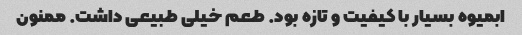
ابمیوه بسیار با کیفیت و تازه بود. طعم خیلی طبیعی داشت. ممنون